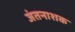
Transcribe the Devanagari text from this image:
जंतनाशक